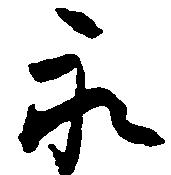
永